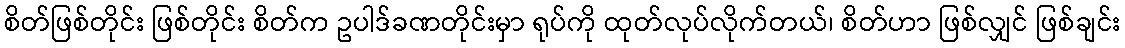
စိတ်ဖြစ်တိုင်း ဖြစ်တိုင်း စိတ်က ဥပါဒ်ခဏတိုင်းမှာ ရုပ်ကို ထုတ်လုပ်လိုက်တယ်၊ စိတ်ဟာ ဖြစ်လျှင် ဖြစ်ချင်း